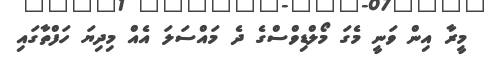
މީރާ އިން ވަނީ މެގަ މޯލްޑިވްސްގެ ދެ މައްސަލަ އެއް މިދިޔަ ހަފްތާގައި